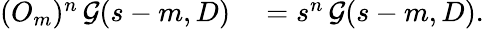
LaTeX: \begin{array}{rl}{(O_{m})^{n}\, {\mathcal{G}}(s-m,D)}&{{}=s^{n}\, {\mathcal{G}}(s-m,D).}\end{array}